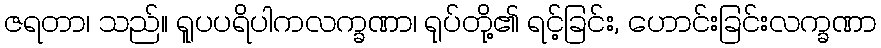
ဇရတာ၊ သည်။ ရူပပရိပါကလက္ခဏာ၊ ရုပ်တို့၏ ရင့်ခြင်း, ဟောင်းခြင်းလက္ခဏာ